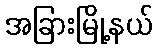
အခြားမြို့နယ်